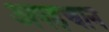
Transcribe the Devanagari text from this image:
अपहचान